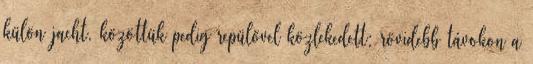
külön jacht, közöttük pedig repülővel közlekedett: rövidebb távokon a